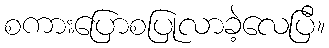
စကားပြောစပြုလာခဲ့လေပြီ။